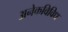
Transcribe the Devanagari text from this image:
अनेकविविध